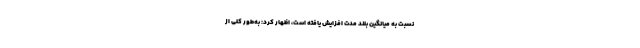
نسبت به میانگین بلند مدت افزایش یافته است، اظهار کرد: به‌طور کلی از